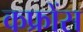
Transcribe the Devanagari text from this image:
कफ्रोंस